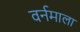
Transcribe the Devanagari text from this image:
वर्नमाला